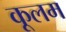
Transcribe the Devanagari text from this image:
कूलम